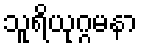
သူရိယုဂ္ဂမနာ